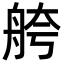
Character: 舿